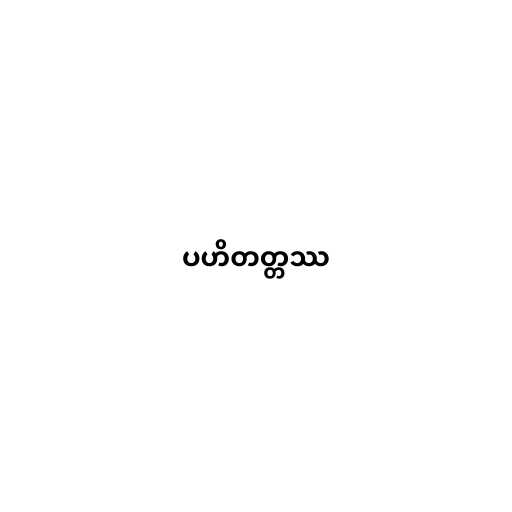
ပဟိတတ္တဿ